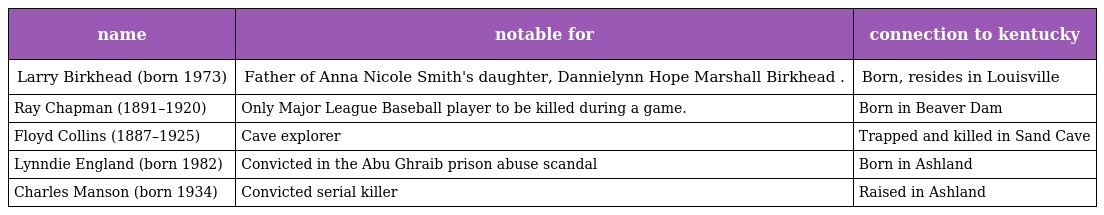
| name | notable for | connection to kentucky |
 | --- | --- | --- |
 | Larry Birkhead (born 1973) | Father of Anna Nicole Smith's daughter, Dannielynn Hope Marshall Birkhead . | Born, resides in Louisville |
 | Ray Chapman (1891–1920) | Only Major League Baseball player to be killed during a game. | Born in Beaver Dam |
 | Floyd Collins (1887–1925) | Cave explorer | Trapped and killed in Sand Cave |
 | Lynndie England (born 1982) | Convicted in the Abu Ghraib prison abuse scandal | Born in Ashland |
 | Charles Manson (born 1934) | Convicted serial killer | Raised in Ashland |